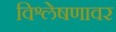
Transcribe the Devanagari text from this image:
विश्लेषणावर